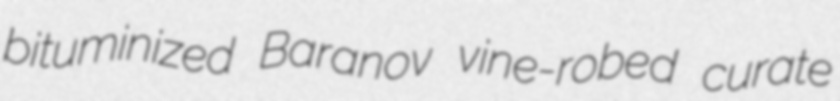
bituminized Baranov vine-robed curate